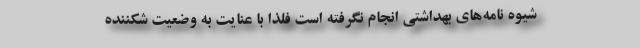
شیوه نامه‌های بهداشتی انجام نگرفته است فلذا با عنایت به وضعیت شکننده